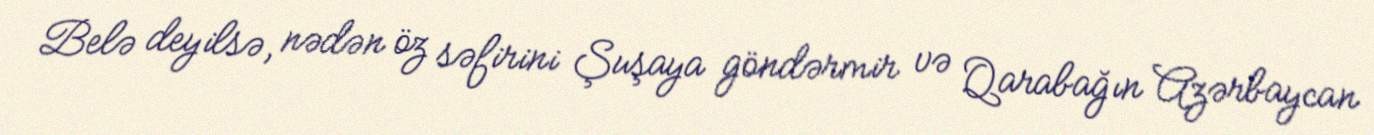
Belə deyilsə, nədən öz səfirini Şuşaya göndərmir və Qarabağın Azərbaycan